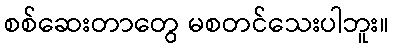
စစ်ဆေးတာတွေ မစတင်သေးပါဘူး။